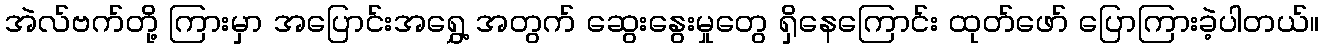
အဲလ်ဗက်တို့ ကြားမှာ အပြောင်းအရွှေ့ အတွက် ဆွေးနွေးမှုတွေ ရှိနေကြောင်း ထုတ်ဖော် ပြောကြားခဲ့ပါတယ်။